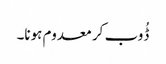
ڈُوب کر معدوم ہونا۔